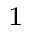
_ 1